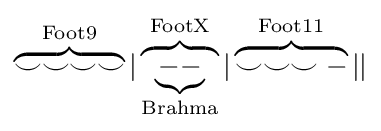
\overbrace {\smile \smile \smile \smile } ^{\mathrm {Foot9} }|\overbrace {\underbrace {--} _{\mathrm {Brahma} }} ^{\mathrm {FootX} }|\overbrace {\smile \smile \smile -} ^{\mathrm {Foot11} }||